Report on the bubonic plague in Bombay, 1896-1897
Year: 1896
Disease focus: Plague
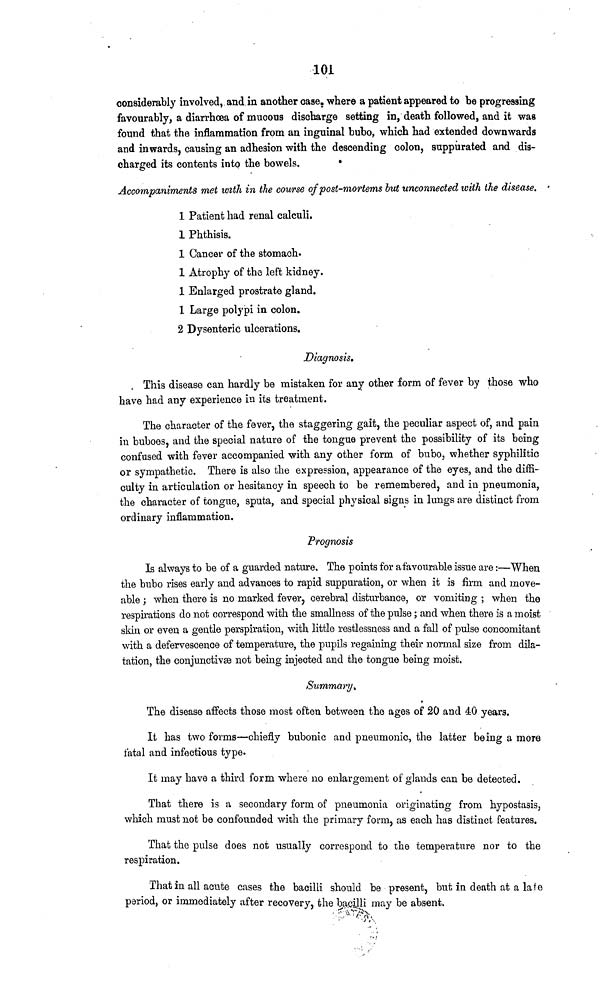
101
considerably involved, and in another case. where a patient appeared to be progressing
favourably, a diarrhœa of mucous discharge setting in, death followed, and it was
found that the inflammation from an inguinal bubo, which had extended downwards
and inwards, causing an adhesion with the descending colon, suppurated and dis-
charged its contents into the bowels.
Accompaniments met with in the course of post-mortems but unconnected with the disease.
1 Patient had renal calculi.
1 Phthisis.
1 Cancer of the stomach.
1 Atrophy of the left kidney.
1 Enlarged prostrate gland.
1 Large polypi in colon.
2 Dysenteric ulcerations.
Diagnosis.
This disease can hardly be mistaken for any other form of fever by those who
have had any experience in its treatment.
The character of the fever, the staggering gait, the peculiar aspect of, and pain
in buboes, and the special nature of the tongue prevent the possibility of its being
confused with fever accompanied with any other form of bubo, whether syphilitic
or sympathetic. There is also the expression, appearance of the eyes, and the diffi-
culty in articulation or hesitancy in speech to be remembered, and in pneumonia,
the character of tongue, sputa, and special physical signs in lungs are distinct from
ordinary inflammation.
Prognosis
Is always to be of a guarded nature. The points for a favourable issue are :—When
the bubo rises early and advances to rapid suppuration, or when it is firm and move-
able ; when there is no marked fever, cerebral disturbance, or vomiting ; when the
respirations do not correspond with the smallness of the pulse ; and when there is a moist
skin or even a gentle perspiration, with little restlessness and a fall of pulse concomitant
with a defervescence of temperature, the pupils regaining their normal size from dila-
tation, the conjunctivæ not being injected and the tongue being moist.
Summary.
The disease affects those most often between the ages of 20 and 40 years.
It has two forms—chiefly bubonic and pneumonic, the latter being a more
fatal and infectious type.
It may have a third form where no enlargement of glands can be detected.
That there is a secondary form of pneumonia originating from hypostasis,
which must not be confounded with the primary form, as each has distinct features.
That the pulse does not usually correspond to the temperature nor to the
respiration.
That in all acute cases the bacilli should be present, but in death at a late
period, or immediately after recovery, the bacilli may be absent.